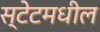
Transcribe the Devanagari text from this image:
स्टेटमधील